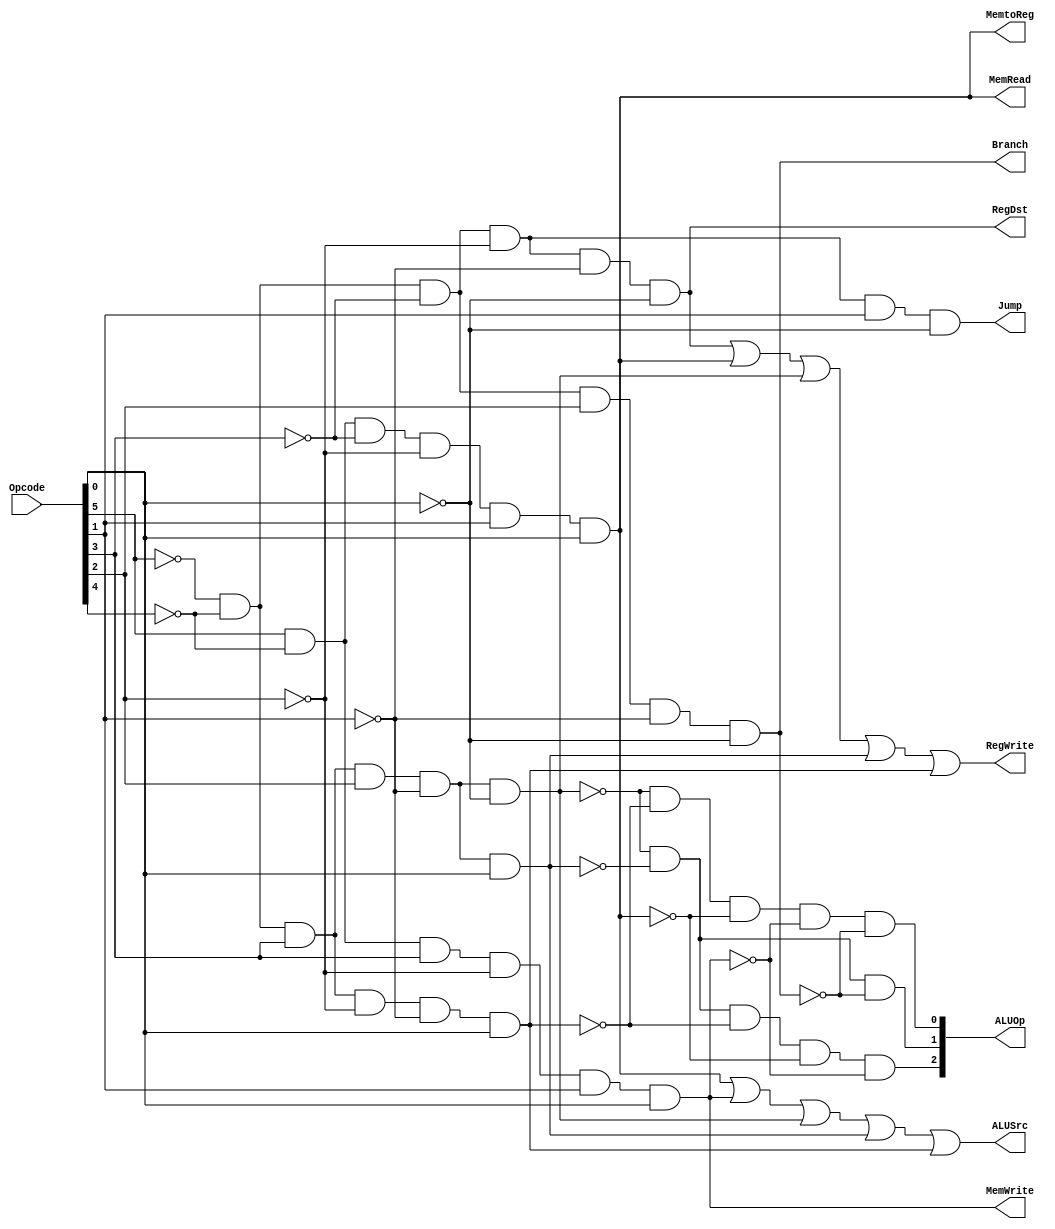
module mips_control_unit(RegDst, ALUSrc, MemtoReg, RegWrite, MemRead, MemWrite, Branch, Jump, ALUOp, Opcode);

	input [5:0] Opcode;
	
	output RegDst, ALUSrc, MemtoReg, RegWrite, MemRead, MemWrite, Branch, Jump;
	output [2:0] ALUOp;
	
	wire Opcode5not, Opcode4not, Opcode3not, Opcode2not, Opcode1not, Opcode0not;
	wire Rtype, LW, SW, Beq, Andi, Ori, jmp, Addiu ;
	wire LWnot, SWnot, Beqnot, Andinot, Orinot, jmpnot, Addiunot ;
	
	not(Opcode5not, Opcode[5]);
	not(Opcode4not, Opcode[4]);
	not(Opcode3not, Opcode[3]);
	not(Opcode2not, Opcode[2]);
	not(Opcode1not, Opcode[1]);
	not(Opcode0not, Opcode[0]);
	
	and(Rtype, Opcode5not, Opcode4not, Opcode3not, Opcode2not, Opcode1not, Opcode0not);
	and(LW, Opcode[5], Opcode4not, Opcode3not, Opcode2not, Opcode[1], Opcode[0]);
	and(SW, Opcode[5], Opcode4not, Opcode[3], Opcode2not, Opcode[1], Opcode[0]);
	and(Beq, Opcode5not, Opcode4not, Opcode3not, Opcode[2], Opcode1not, Opcode0not);
	and(Andi, Opcode5not, Opcode4not, Opcode[3], Opcode[2], Opcode1not, Opcode0not);
	and(Ori, Opcode5not, Opcode4not, Opcode[3], Opcode[2], Opcode1not, Opcode[0]);
	and(jmp, Opcode5not, Opcode4not, Opcode3not,Opcode2not, Opcode[1], Opcode0not);
	and(Addiu, Opcode5not, Opcode4not, Opcode[3], Opcode2not, Opcode1not, Opcode[0]);

	//------------------- RegDst Signal  --------------------// 
	
	or(RegDst, Rtype, 1'b0);
	
	//------------------- ALUSrc Signal  --------------------// 
	
	or(ALUSrc, LW, SW, Andi, Ori, Addiu);
	
	//------------------- MemtoReg Signal  ------------------// 
	
	or(MemtoReg, LW, 1'b0);

	//------------------- RegWrite Signal  ------------------// 
	
	or(RegWrite, Rtype, LW, Andi, Ori, Addiu);
	
	//------------------- MemRead Signal  -------------------// 
	
	or(MemRead, LW, 1'b0);
	
	//------------------- MemWrite Signal  ------------------// 
	
	or(MemWrite, SW, 1'b0);
	
	//-------------------   Branch Signal  ------------------// 
	
	or(Branch, Beq, 1'b0);
	
	//------------------- Jump Signal  ------------------// 
	
	or(Jump, jmp, 1'b0);
	
	//------------------- ALUOp Signal  ------------------// 
	
	not(LWnot, LW);
	not(SWnot, SW);
	not(Beqnot, Beq);
	not(Andinot, Andi);
	not(Orinot, Ori);
	not(jmpnot, jmp);
	not(Addiunot, Addiu);
	
	and(ALUOp[2], Andinot, Orinot, Addiunot, LWnot, SWnot);
	and(ALUOp[1], Andinot, Orinot, Beqnot);
	and(ALUOp[0], Andinot, Addiunot, LWnot, SWnot, Beqnot);
	
	endmodule